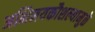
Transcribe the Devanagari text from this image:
अभिनयकौशल्यामुळे